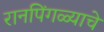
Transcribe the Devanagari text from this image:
रानपिंगळ्याचे